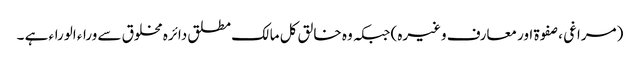
(مراغی ، صفوۃ اور معارف وغیرہ) جبکہ وہ خالق کل مالک مطلق دائرہ مخلوق سے وراء الوراء ہے ۔